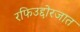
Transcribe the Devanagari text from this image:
रफिउद्दोरजात